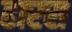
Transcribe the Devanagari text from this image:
ढारस